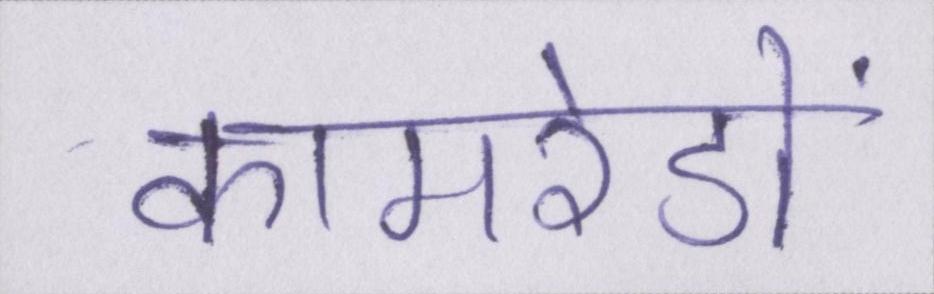
कामरेडों